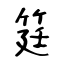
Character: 筳